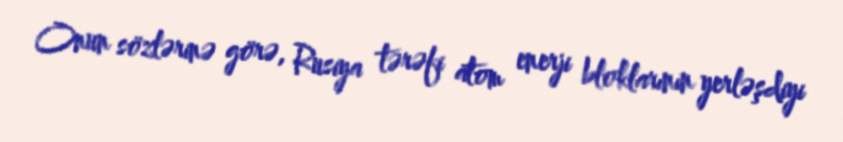
Onun sözlərinə görə, Rusiya tərəfi atom enerji bloklarının yerləşdiyi